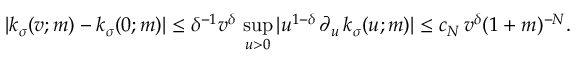
| k _ { \sigma } ( v ; m ) - k _ { \sigma } ( 0 ; m ) | \leq \delta ^ { - 1 } v ^ { \delta } \, \operatorname * { s u p } _ { u > 0 } | u ^ { 1 - \delta } \, \partial _ { u } \, k _ { \sigma } ( u ; m ) | \leq c _ { N } \, v ^ { \delta } ( 1 + m ) ^ { - N } .